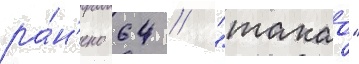
ра́н'ено 64 // "такао"